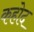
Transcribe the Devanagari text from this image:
कहोद